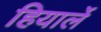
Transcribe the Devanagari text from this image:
हियार्ले